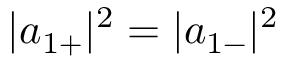
| a _ { 1 + } | ^ { 2 } = | a _ { 1 - } | ^ { 2 }